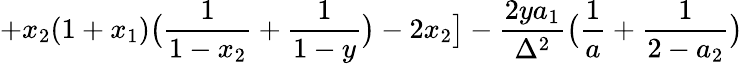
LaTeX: +x_{2}(1+x_{1})\bigl(\frac{1}{1-x_{2}}+\frac{1}{1-y}\bigr)-2x_{2}\bigr]-\frac{2ya_{1}}{\Delta^{2}}\bigl(\frac{1}{a}+\frac{1}{2-a_{2}}\bigr)